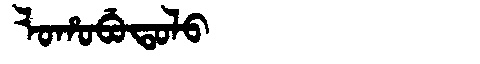
Manchu: ᠯᠣᡥᠣᠪᡠᡨᠣᠯᠣ
Romanization: LOHOBUTOLO